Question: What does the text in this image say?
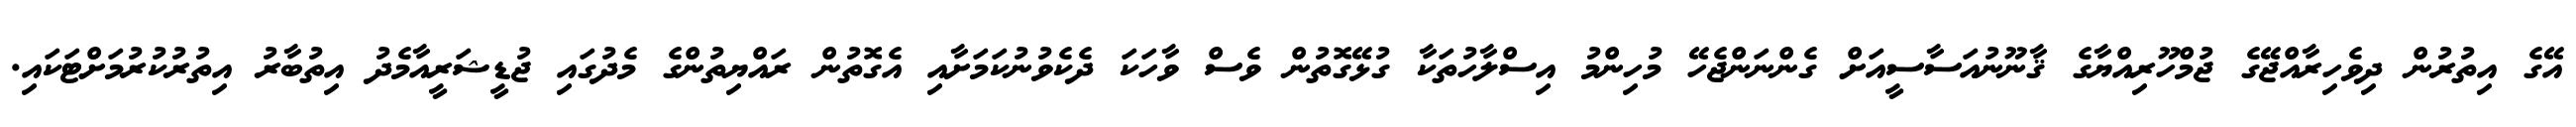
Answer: އޭގެ އިތުރުން ދިވެހިރާއްޖޭގެ ޖުމްހޫރިއްޔާގެ ޤާނޫނުއަސާސީއަށް ގެންނަންޖެހޭ މުހިންމު އިސްލާހުތަކާ ގުޅޭގޮތުން ވެސް ވާހަކަ ދެކެވުނުކަމަށާއި އެގޮތުން ރައްޔިތުންގެ މެދުގައި ޖުޑީޝަރީއާމެދު އިތުބާރު އިތުރުކުރުމަށްޓަކައި.